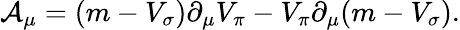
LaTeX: {\cal A}_{\mu}=(m-V_{\sigma})\partial_{\mu}V_{\pi}-V_{\pi}\partial_{\mu}(m-V_{\sigma}).